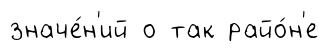
значе́н'ий о так райо́н'е